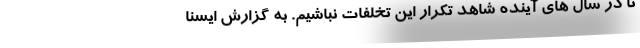
تا در سال های آینده شاهد تکرار این تخلفات نباشیم. به گزارش ایسنا